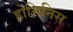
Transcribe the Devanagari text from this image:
होमिनिस